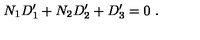
N _ { 1 } D _ { 1 } ^ { \prime } + N _ { 2 } D _ { 2 } ^ { \prime } + D _ { 3 } ^ { \prime } = 0 \ .